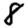
Digit: 8